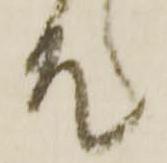
そ